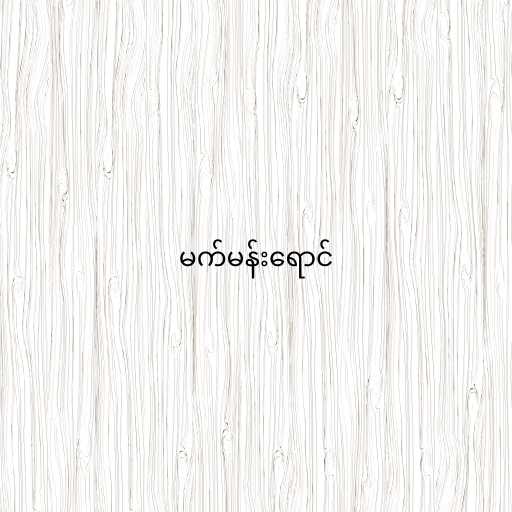
မက်မန်းရောင်